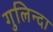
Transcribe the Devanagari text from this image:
गुलिन्दा